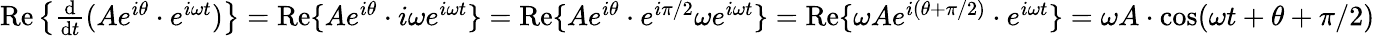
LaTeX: \begin{array}{r}{\operatorname{Re}\left\{ {\frac{\mathrm{d}}{\mathrm{d}t}}(Ae^{i\theta}\cdot e^{i\omega t})\right\} =\operatorname{Re}\{ Ae^{i\theta}\cdot i\omega e^{i\omega t}\} =\operatorname{Re}\{ Ae^{i\theta}\cdot e^{i\pi/2}\omega e^{i\omega t}\} =\operatorname{Re}\{ \omega Ae^{i(\theta+\pi/2)}\cdot e^{i\omega t}\} =\omega A\cdot\cos(\omega t+\theta+\pi/2)}\end{array}